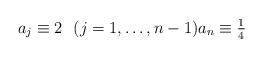
LaTeX: \begin{align*}a_j\equiv 2\ \ (j=1,\ldots,n-1) a_n\equiv {\textstyle \frac{1}{4}} \end{align*}